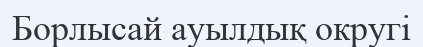
Борлысай ауылдық округі